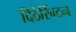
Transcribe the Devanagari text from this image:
दिठेरिंग्टन